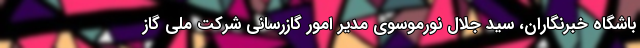
باشگاه خبرنگاران، سید جلال نورموسوی مدیر امور گازرسانی شرکت ملی گاز